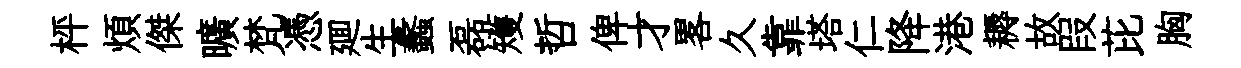
枰煩傑曠梵憑廽生蠡磊矱哲俾才畧久靠塔仁降港耨故叚芘胸